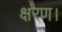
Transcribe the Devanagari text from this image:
क्षरण।